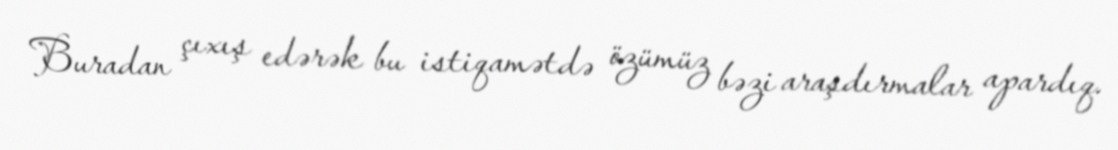
Buradan çıxış edərək bu istiqamətdə özümüz bəzi araşdırmalar apardıq.